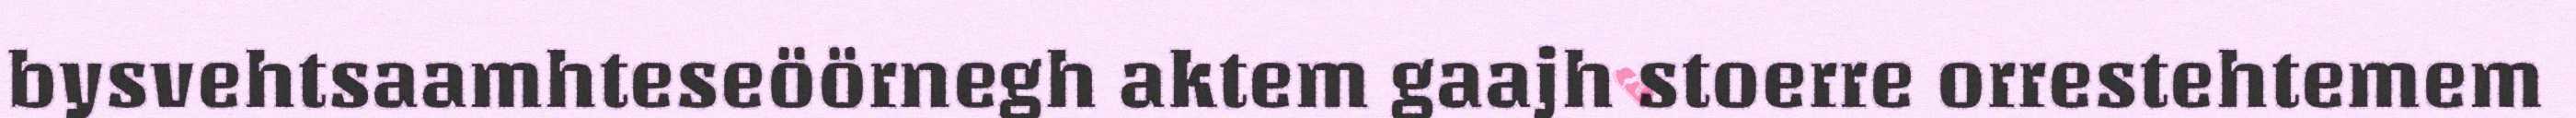
bysvehtsaamhteseöörnegh aktem gaajh stoerre orrestehtemem